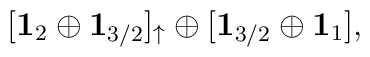
[{\bf 1}_2 \oplus {\bf 1}_{3/2}]_\uparrow\oplus[{\bf 1}_{3/2}\oplus {\bf 1}_1],